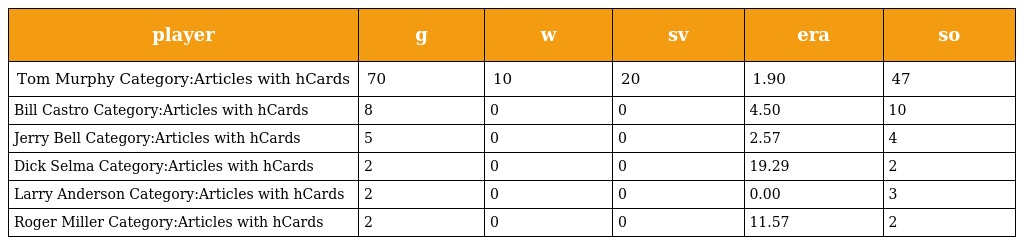
| player | g | w | sv | era | so |
 | --- | --- | --- | --- | --- | --- |
 | Tom Murphy Category:Articles with hCards | 70 | 10 | 20 | 1.90 | 47 |
 | Bill Castro Category:Articles with hCards | 8 | 0 | 0 | 4.50 | 10 |
 | Jerry Bell Category:Articles with hCards | 5 | 0 | 0 | 2.57 | 4 |
 | Dick Selma Category:Articles with hCards | 2 | 0 | 0 | 19.29 | 2 |
 | Larry Anderson Category:Articles with hCards | 2 | 0 | 0 | 0.00 | 3 |
 | Roger Miller Category:Articles with hCards | 2 | 0 | 0 | 11.57 | 2 |